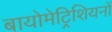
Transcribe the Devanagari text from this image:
बायोमेट्रिशियनों